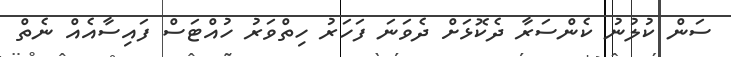
ސަން ކުލުނު ކެންސަރާ ދެކޮޅަށް ދެވަނަ ފަހަރު ހިތްވަރު ހުއްޓަސް ފައިސާއެއް ނެތް